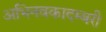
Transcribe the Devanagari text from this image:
अभिनवकादम्बरी